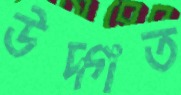
উদ্গত